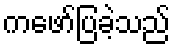
ကဖော်ပြခဲ့သည်